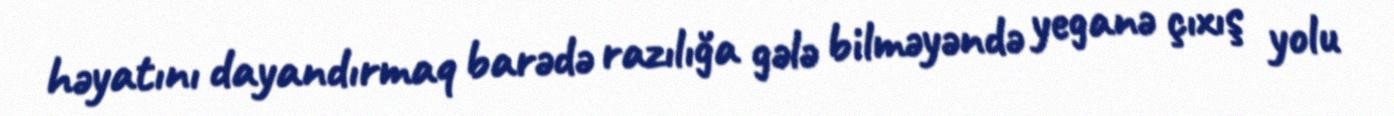
həyatını dayandırmaq barədə razılığa gələ bilməyəndə yeganə çıxış yolu